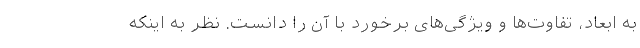
به ابعاد، تفاوت‌ها و ویژگی‌های برخورد با آن را دانست. نظر به اینکه